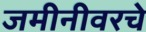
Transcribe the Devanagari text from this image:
जमीनीवरचे